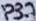
Text: P3.7